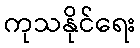
ကုသနိုင်ရေး